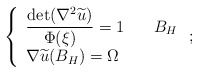
\begin{align*}\left\{\begin{array}{ll} \displaystyle \frac{\det(\nabla^2\widetilde u)}{\Phi (\xi)}=1\quad& B_H\\\nabla \widetilde u(B_H)=\Omega\end{array}\right.;\end{align*}